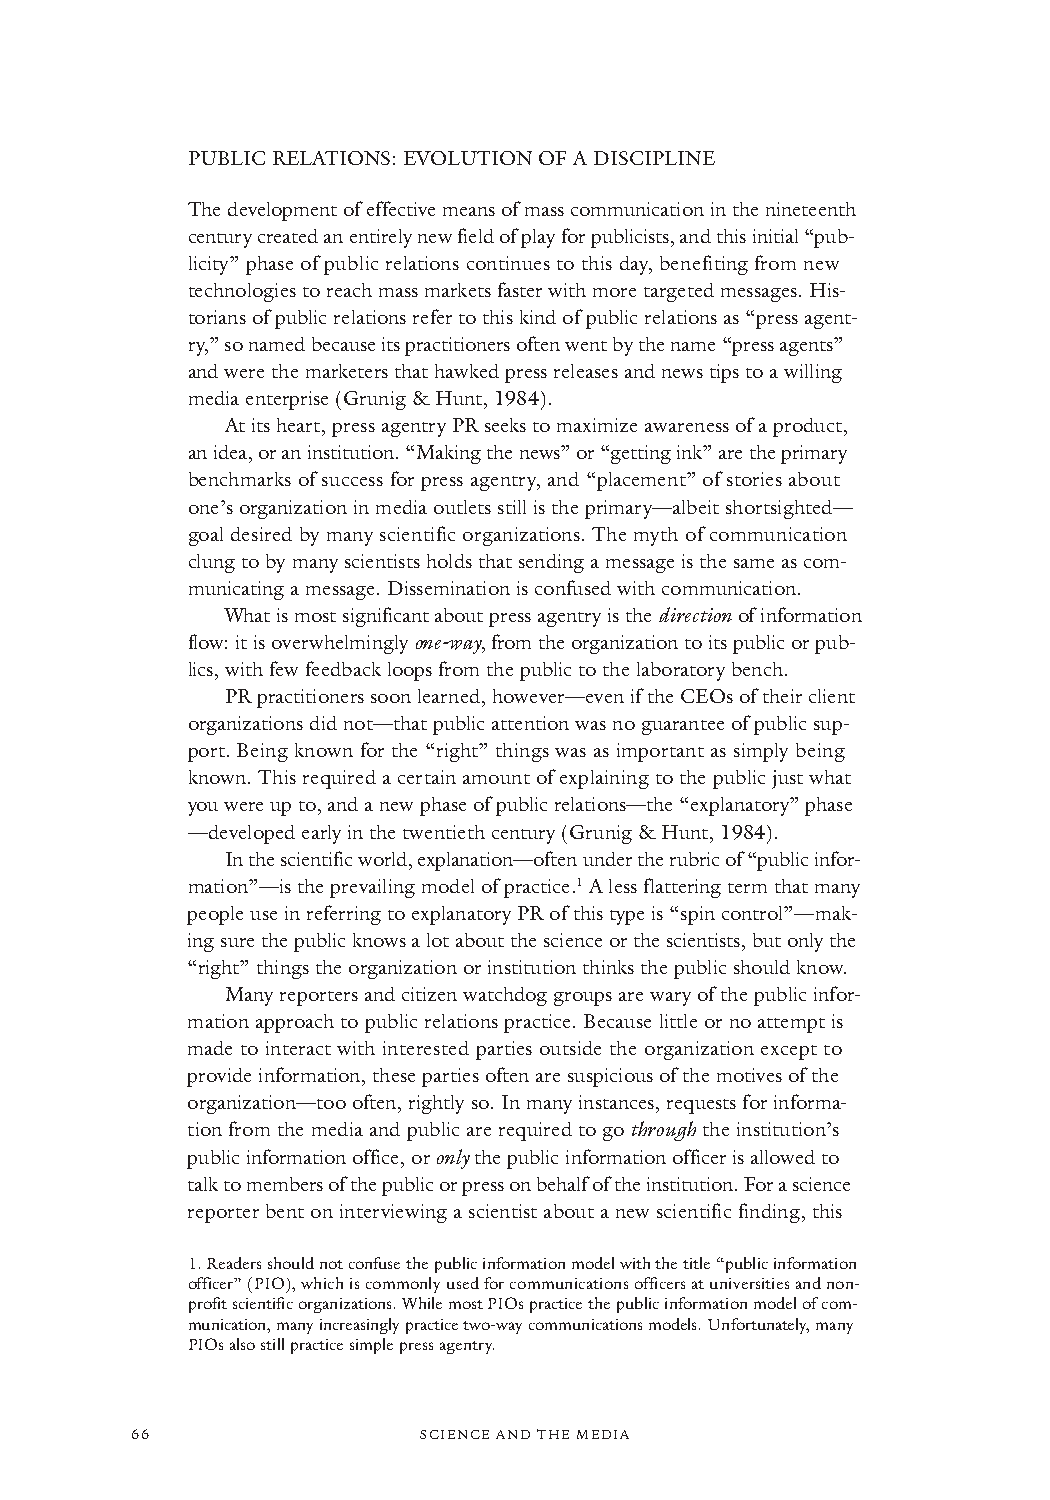
PUBLIC RELATIONS: EVOLUTION OF A DISCIPLINE
 The development of effective means of mass communication in the nineteenth
 century created an entirely new field of play for publicists, and this initial “pub-
 licity” phase of public relations continues to this day, benefiting from new
 technologies to reach mass markets faster with more targeted messages. His-
 torians of public relations refer to this kind of public relations as “press agent-
 ry,” so named because its practitioners often went by the name “press agents”
 and were the marketers that hawked press releases and news tips to a willing
 media enterprise (Grunig & Hunt, 1984).
 At its heart, press agentry PRseeks to maximize awareness of a product,
 an idea, or an institution. “Making the news” or “getting ink” are the primary
 benchmarks of success for press agentry, and “placement” of stories about
 one’s organization in media outlets still is the primary—albeit shortsighted—
 goal desired by many scientific organizations. The myth of communication
 clung to by many scientists holds that sending a message is the same as com-
 municating a message. Dissemination is confused with communication.
 What is most significantabout press agentry is the directionof information
 flow: it is overwhelmingly one-way, from the organization to its public or pub-
 lics, with few feedback loops from the public to the laboratory bench.
 PR practitioners soon learned, however—even if the CEOs of their client
 organizations did not—that public attention was no guarantee of public sup-
 port. Being known for the “right” things was as important as simply being
 known. This required a certain amount of explaining to the public just what
 you were up to, and a new phase of public relations—the “explanatory” phase
 —developed early in the twentieth century (Grunig & Hunt, 1984).
 In the scientific world, explanation—often under the rubric of “public infor-
 mation”—is the prevailing model of practice.1A less flattering term that many
 people use in referring to explanatory PR of this type is “spin control”—mak-
 ing sure the public knows a lot about the science or the scientists, but only the
 “right” things the organization or institution thinks the public should know.
 Many reporters and citizen watchdog groups are wary of the public infor-
 mation approach to public relations practice. Because little or no attempt is
 made to interact with interested parties outside the organization except to
 provide information, these parties often are suspicious of the motives of the
 organization—too often, rightly so. In many instances, requests for informa-
 tion from the media and public are required to go throughthe institution’s
 public information office, or onlythe public information officer is allowed to
 talk to members of the public or press on behalf of the institution. For a science
 reporter bent on interviewing a scientist about a new scientific finding, this
 1.Readers should not confuse the public information model with the title “public information
 officer” (PIO), which is commonly used for communications officers at universities and non-
 profit scientific organizations. While most PIOs practice the public information model of com-
 munication, many increasingly practice two-way communications models. Unfortunately, many
 PIOs also still practice simple press agentry.
 66                 SSCCIIEENNCCEE AANNDD TTHHEE MMEEDDIIAA